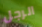
الرجل